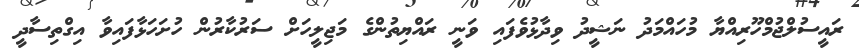
ރައީސުލްޖުމްހޫރިއްޔާ މުހައްމަދު ނަޝީދު ވިދާޅުވެފައި ވަނީ ރައްޔިތުންގެ މަޖިލީހަށް ސަރުކާރުން ހުށަހަޅާފައިވާ އިގްތިސާދީ